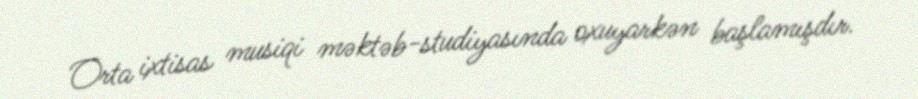
Orta ixtisas musiqi məktəb-studiyasında oxuyarkən başlamışdır.